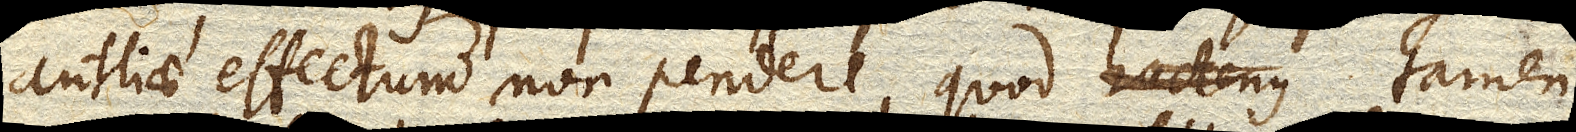
antliae effectum non pendere, quod hactenus tamen